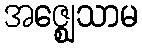
အဇ္ဈေသာမ